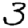
Digit: 3